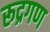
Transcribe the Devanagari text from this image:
रूद्रगण